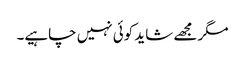
مگر مجھے شاید کوئی نہیں چاہیے۔